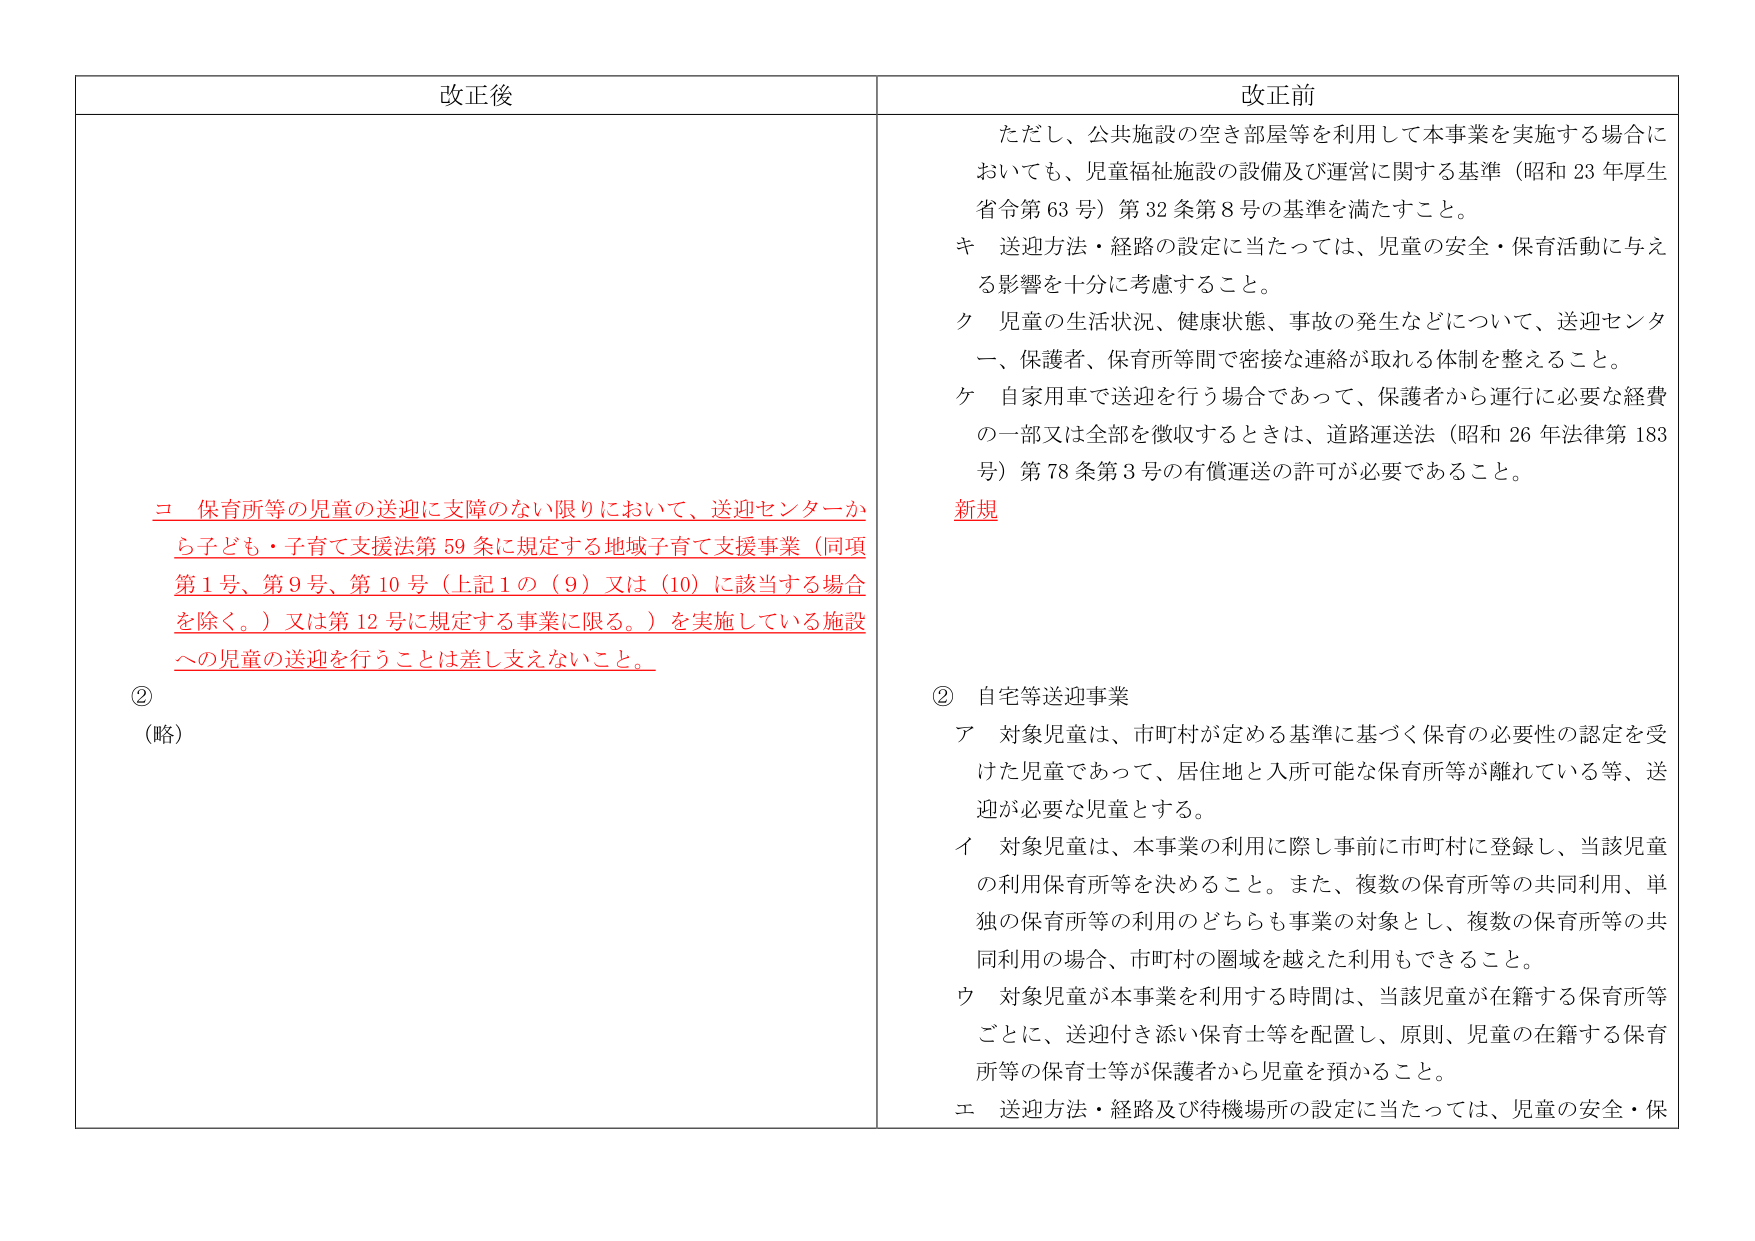
改正後

コ 保育所等の児童の送迎に支障のない限りにおいて、送迎センターから子ども・子育て支援法第59条に規定する地域子育て支援事業（同項第1号、第9号、第10号（上記1の（9）又は（10）に該当する場合を除く。）又は第12号に規定する事業に限る。）を実施している施設への児童の送迎を行うことは差し支えないこと。

②
（略）

改正前

ただし、公共施設の空き部屋等を利用して本事業を実施する場合においても、児童福祉施設の設備及び運営に関する基準（昭和23年厚生省令第63号）第32条第8号の基準を満たすこと。

キ 送迎方法・経路の設定に当たっては、児童の安全・保育活動に与える影響を十分に考慮すること。

ク 児童の生活状況、健康状態、事故の発生などについて、送迎センター、保護者、保育所等間で密接な連絡が取れる体制を整えること。

ケ 自家用車で送迎を行う場合であって、保護者から運行に必要な経費の一部又は全部を徴収するときは、道路運送法（昭和26年法律第183号）第78条第3号の有償運送の許可が必要であること。

新規

② 自宅等送迎事業

ア 対象児童は、市町村が定める基準に基づく保育の必要性の認定を受けた児童であって、居住地と入所可能な保育所等が離れている等、送迎が必要な児童とする。

イ 対象児童は、本事業の利用に際し事前に市町村に登録し、当該児童の利用保育所等を決めること。また、複数の保育所等の共同利用、単独の保育所等の利用のどちらも事業の対象とし、複数の保育所等の共同利用の場合、市町村の圏域を越えた利用もできること。

ウ 対象児童が本事業を利用する時間は、当該児童が在籍する保育所等ごとに、送迎付き添い保育士等を配置し、原則、児童の在籍する保育所等の保育士等が保護者から児童を預かること。

エ 送迎方法・経路及び待機場所の設定に当たっては、児童の安全・保